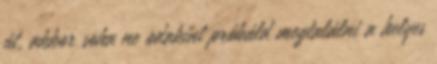
út, akkor soha ne odakint próbáld megtalálni a helyes